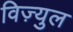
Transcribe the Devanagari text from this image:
विज़्युल